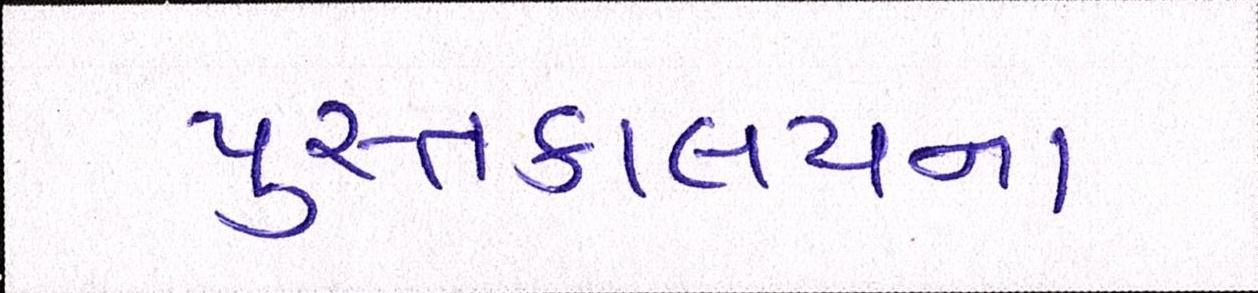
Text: પુસ્તકાલયના